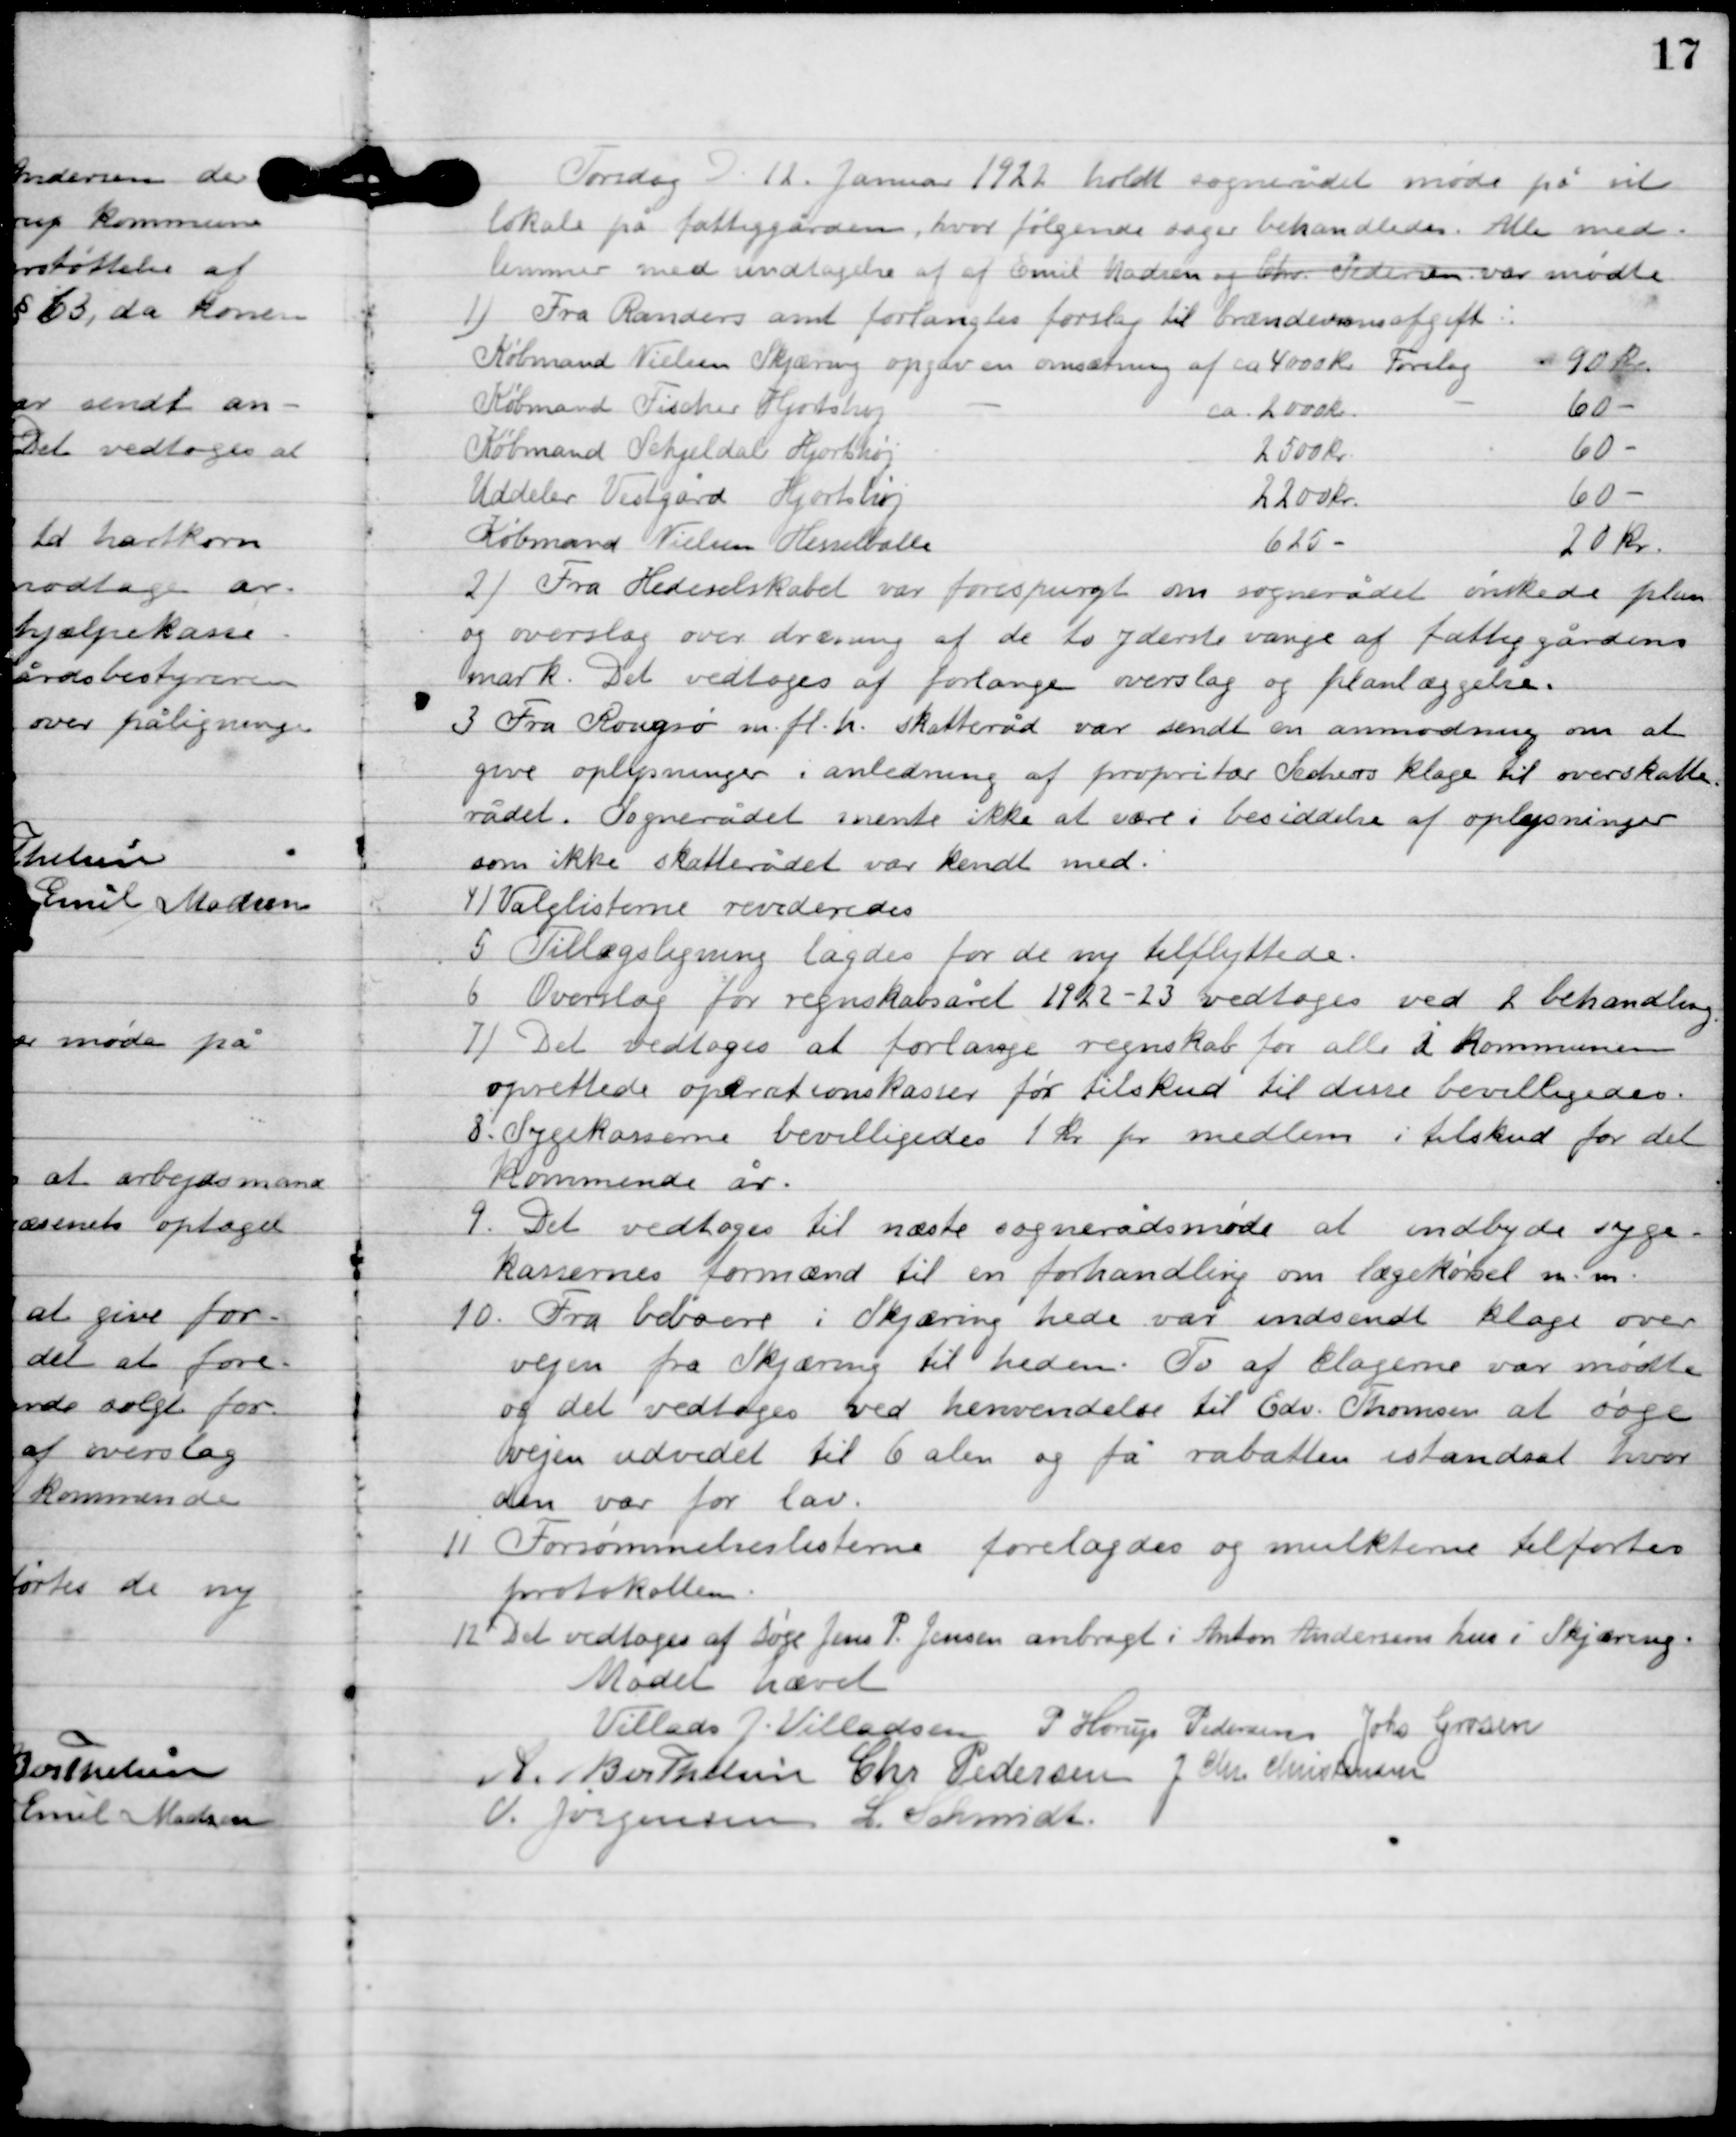
Transskription:
Torsdag D. 12. Januar1922 holdt sognerådet møde på sit
lokale på fattiggården, hvor følgende sager behandles: Alle med-
lemmer med undtagelse af af Emil Hansen og Chr. Pedersen var mødte:

1

2

Fra Hede selskabet var forespurgt om sognerådet ønskede plan
og overslag over dræning af de to yderste vange af fattiggårdens
mark. Det vedtoges at forlange overslag og planlæggelse.

3

Fra Rougsø m. fl. til skatteråd var sendt en anmodning om at 
give oplysninger i anledning af proprietær Sechers klage til overskatte-
rådet. Sognerådet mente ikke at være i besiddelse af oplysninger 
som ikke skatterådet var kendt med.

4

Valglisterne revideres.

5

Tillægsligning lagdes for de ny tilflyttede.

6

Overslag for regnskabsåret 1922-23 vedtoges ved II. Behandling

7

Det vedtoges at forlange regnskab for alle i kommunen
oprettyede oprettelseskasser før tilskud til denne bevilligedes.

8

Sygekassen bevilgede 1 kr. pr. medlem i tilskud for det
kommende år.

9

Det vedtoges til næste sognerådsmøde at indbyde syge-
kassernes formænd til en forhandling om lægekørsel m. m.

10

Fra beboere i Skjæring hede var indsendt klage over
vejen fra Skjæring til heden. To af klagerne var mødte
og det vedtoges ved henvendelse til Gdr. Thomsen at søge
vejen udvidet til 6 alen og få rabatten istandsat hvor
den var for lav.

11

Forsømmelseslisterne forelagdes og mulkterne tilførtes 
protokollen.

12

Det vedtoges at søge Jens P. Jensen anbragt i Anton Andersens hus i Skjæring.

Mødet hævet

Villads J. Villadsen
P. Henry Pedersen
Johs. Grosen
A. Berthelsen
Chr. Pedersen
I. Chr. Christensen
V. Jørgensen
L. Schmidt